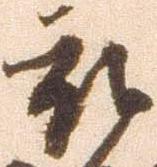
被